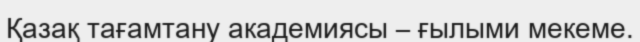
Қазақ тағамтану академиясы – ғылыми мекеме.